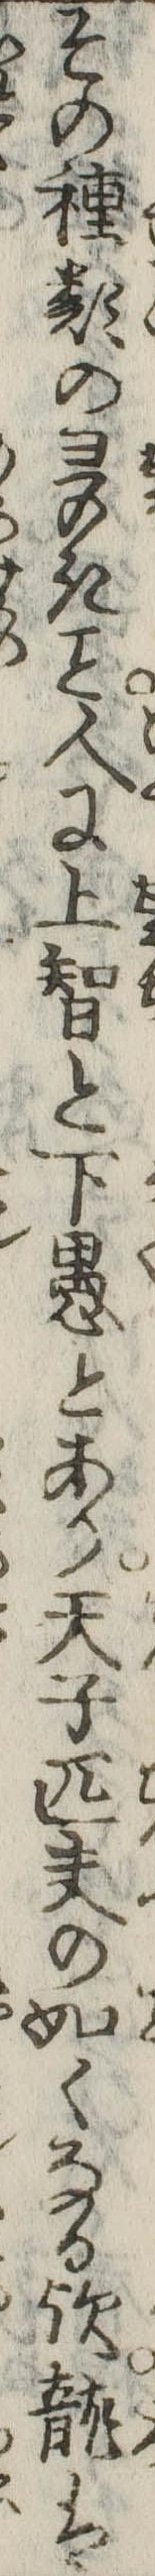
その種類の多き人に上智と下愚とあり天子匹夫の如くなる歟竜は